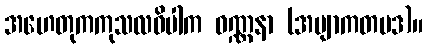
အဟေတုကကုသလဝိပါက ဝဏ္ဏနာ (အဗျာကတပဒ)။